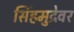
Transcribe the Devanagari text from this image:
सिंहमुद्रेवर